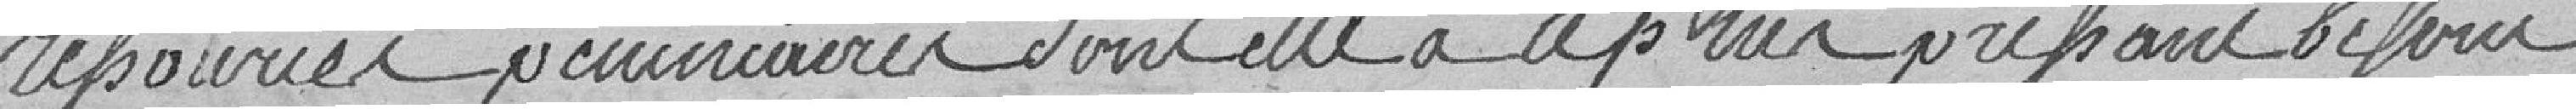
ressources pécuniaires dont elle a le plus profond besoin